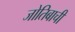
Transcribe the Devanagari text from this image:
जोतिबाची